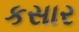
કસાર